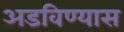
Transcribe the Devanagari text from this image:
अडविण्यास